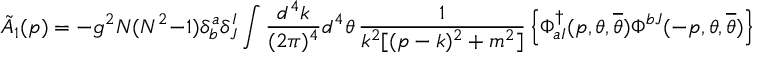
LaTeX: \tilde { A } _ { 1 } ( p ) = - g ^ { 2 } N ( N ^ { 2 } - 1 ) \delta _ { b } ^ { a } \delta _ { J } ^ { I } \int \frac { d ^ { 4 } k } { ( 2 \pi ) ^ { 4 } } d ^ { 4 } \theta \, \frac { 1 } { k ^ { 2 } [ ( p - k ) ^ { 2 } + m ^ { 2 } ] } \left\{ \Phi _ { a I } ^ { \dagger } ( p , \theta , { \overline { { \theta } } } ) \Phi ^ { b J } ( - p , \theta , { \overline { { \theta } } } ) \right\} .